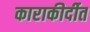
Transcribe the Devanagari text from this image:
काराकीर्दीत